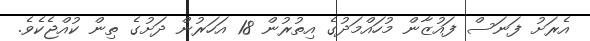
އެރަށު ފަނަސް ފައުޒާން މުހައްމަދުގެ އިތުރުން 18 އަހަރުން ދަށުގެ ތިން ކުއްޖެކެވެ.